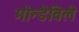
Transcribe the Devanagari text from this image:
मोन्डेविले